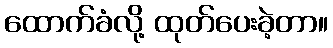
ထောက်ခံလို့ ထုတ်ပေးခဲ့တာ။